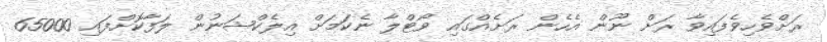
ރަށްވެހިވެފައިވާ ރަށް ނޫން އެހެން ރަށެއްގައި ވޯޓްލާ ނެކަމަށް އިލެކްޝަނުން ލަފާކޮށްފައި 65000